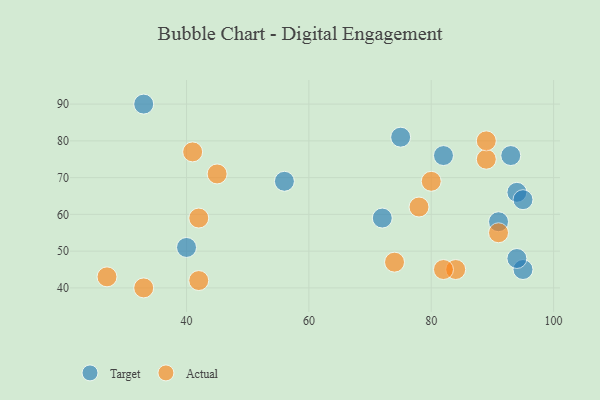
{"axis": {"x": "GDP", "y": "Life Expectancy"}, "legend": ["Actual", "Target"], "data": [{"x": "75", "y": 81, "type": "Target"}, {"x": "93", "y": 76, "type": "Target"}, {"x": "95", "y": 45, "type": "Target"}, {"x": "94", "y": 66, "type": "Target"}, {"x": "72", "y": 59, "type": "Target"}, {"x": "95", "y": 64, "type": "Target"}, {"x": "56", "y": 69, "type": "Target"}, {"x": "82", "y": 76, "type": "Target"}, {"x": "91", "y": 58, "type": "Target"}, {"x": "40", "y": 51, "type": "Target"}, {"x": "94", "y": 48, "type": "Target"}, {"x": "33", "y": 90, "type": "Target"}, {"x": "89", "y": 75, "type": "Actual"}, {"x": "42", "y": 42, "type": "Actual"}, {"x": "84", "y": 45, "type": "Actual"}, {"x": "45", "y": 71, "type": "Actual"}, {"x": "74", "y": 47, "type": "Actual"}, {"x": "80", "y": 69, "type": "Actual"}, {"x": "82", "y": 45, "type": "Actual"}, {"x": "78", "y": 62, "type": "Actual"}, {"x": "89", "y": 80, "type": "Actual"}, {"x": "41", "y": 77, "type": "Actual"}, {"x": "27", "y": 43, "type": "Actual"}, {"x": "42", "y": 59, "type": "Actual"}, {"x": "33", "y": 40, "type": "Actual"}, {"x": "91", "y": 55, "type": "Actual"}]}